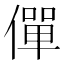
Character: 僤